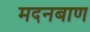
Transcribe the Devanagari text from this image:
मदनबाण